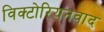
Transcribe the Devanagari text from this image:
विक्टोरियनवाद